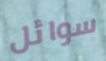
سوائل